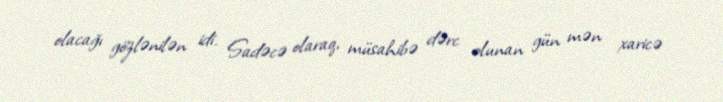
olacağı gözlənilən idi. Sadəcə olaraq, müsahibə dərc olunan gün mən xaricə